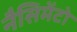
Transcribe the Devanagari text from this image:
नैसिमेंटो